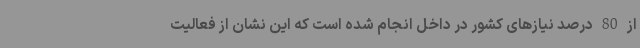
از 80 درصد نیازهای کشور در داخل انجام شده است که این نشان از فعالیت